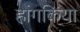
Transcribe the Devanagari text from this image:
होंगकियो